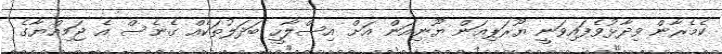
ކެމެރާން ވިދާޅުވެފައިވަނީ ޔޫރަޕިއަން ޔޫނިއަން އަށް އިސްލާހީ ބަދަލުތަކެއް ގެނެސް އެ ޖަމިއްޔާގެ